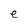
Character: e